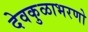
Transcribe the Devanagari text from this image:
देवकुळाभरणो